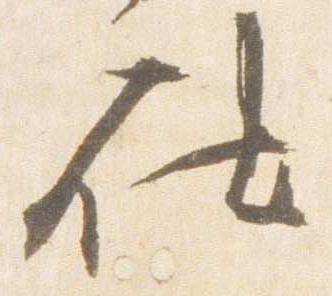
仕